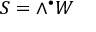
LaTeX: S = \wedge ^ { \bullet } W